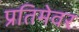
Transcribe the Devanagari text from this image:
प्रतिमेवर